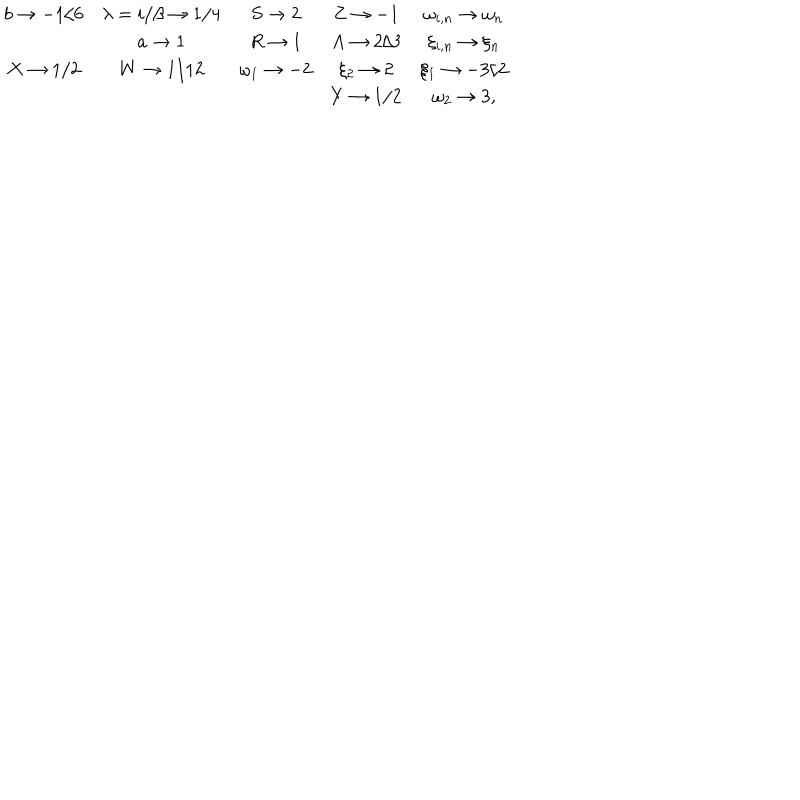
\begin{array} { c c c c c } { { b \rightarrow - 1 / 6 } } & { { \lambda = i / \beta \rightarrow 1 / 4 } } & { { S \rightarrow 2 } } & { { Z \rightarrow - 1 } } & { { \omega _ { i , n } \rightarrow \omega _ { n } } } \\ { { } } & { { a \rightarrow 1 } } & { { R \rightarrow 1 } } & { { A \rightarrow 2 / 3 } } & { { \xi _ { i , n } \rightarrow \xi _ { n } } } \\ { { X \rightarrow 1 / 2 } } & { { W \rightarrow 1 / 1 2 } } & { { \omega _ { 1 } \rightarrow - 2 } } & { { \xi _ { 2 } \rightarrow 2 } } & { { \xi _ { 1 } \rightarrow - 3 / 2 } } \\ { { } } & { { } } & { { } } & { { Y \rightarrow 1 / 2 } } & { { \omega _ { 2 } \rightarrow 3 , } } \\ \end{array}